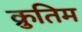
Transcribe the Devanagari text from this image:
क्रुतिम